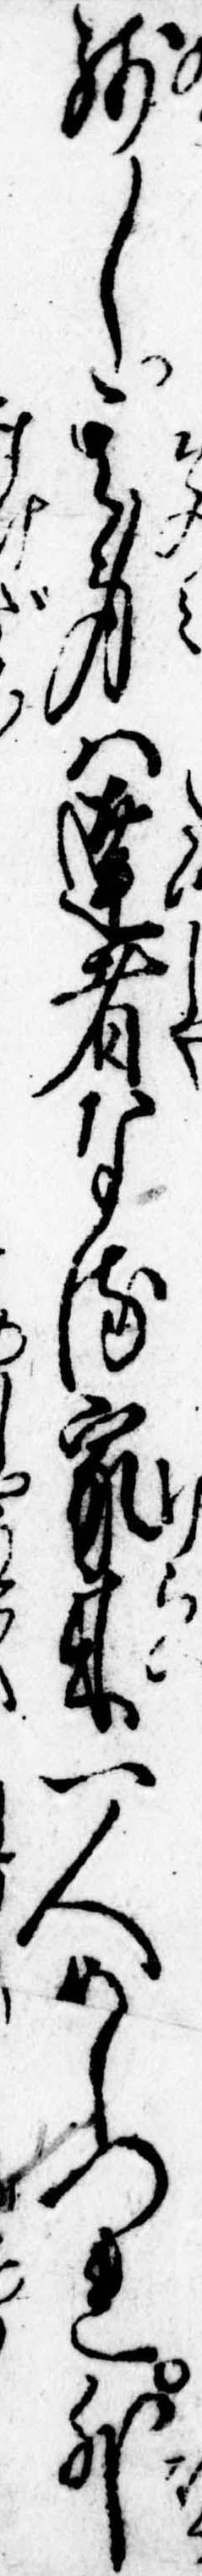
残し其身は達者なる家来一人めしつれ外